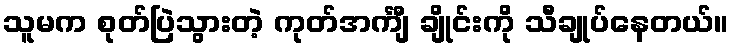
သူမက စုတ်ပြဲသွားတဲ့ ကုတ်အင်္ကျီ ချိုင်းကို သီချုပ်နေတယ်။